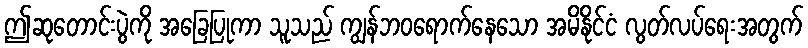
ဤဆုတောင်းပွဲကို အခြေပြုကာ သူသည် ကျွန်ဘဝရောက်နေသော အမိနိုင်ငံ လွတ်လပ်ရေးအတွက်